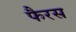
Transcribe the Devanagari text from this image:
फैरस